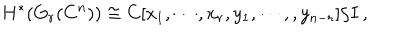
H ^ { * } ( G _ { r } ( C ^ { n } ) ) \cong C [ x _ { 1 } , \cdots , x _ { r } , y _ { 1 } , \cdots , , y _ { n - r } ] / I \, ,